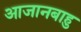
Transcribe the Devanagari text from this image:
आजानबाहु